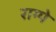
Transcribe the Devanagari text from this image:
राम्पे